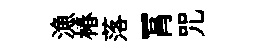
漁椿落罥咒